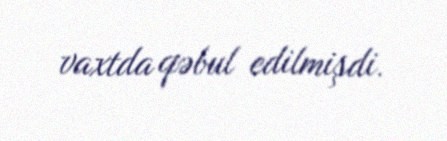
vaxtda qəbul edilmişdi.